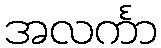
အလင်္ကာ